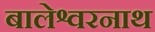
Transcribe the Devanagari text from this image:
बालेश्वरनाथ